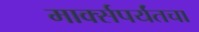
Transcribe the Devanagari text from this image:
मार्क्सपर्यंतचा